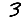
Digit: 3